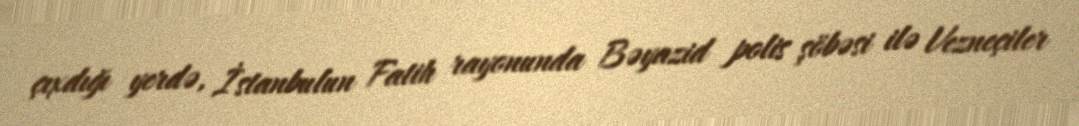
çıxdığı yerdə, İstanbulun Fatih rayonunda Bəyazid polis şöbəsi ilə Vezneçiler